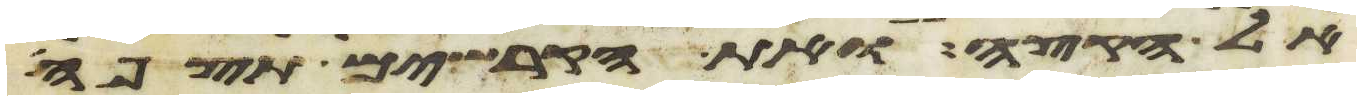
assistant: אל הקצה ואת הקרשים תצפה